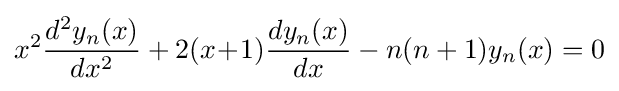
x^{2}{\frac {d^{2}y_{n}(x)}{dx^{2}}}+2(x\!+\!1){\frac {dy_{n}(x)}{dx}}-n(n+1)y_{n}(x)=0